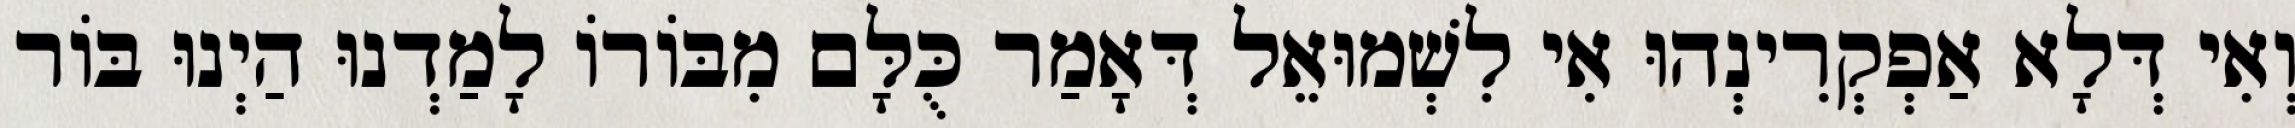
וְאִי דְּלָא אַפְקְרִינְהוּ אִי לִשְׁמוּאֵל דְּאָמַר כֻּלָּם מִבּוֹרוֹ לָמַדְנוּ הַיְנוּ בּוֹר